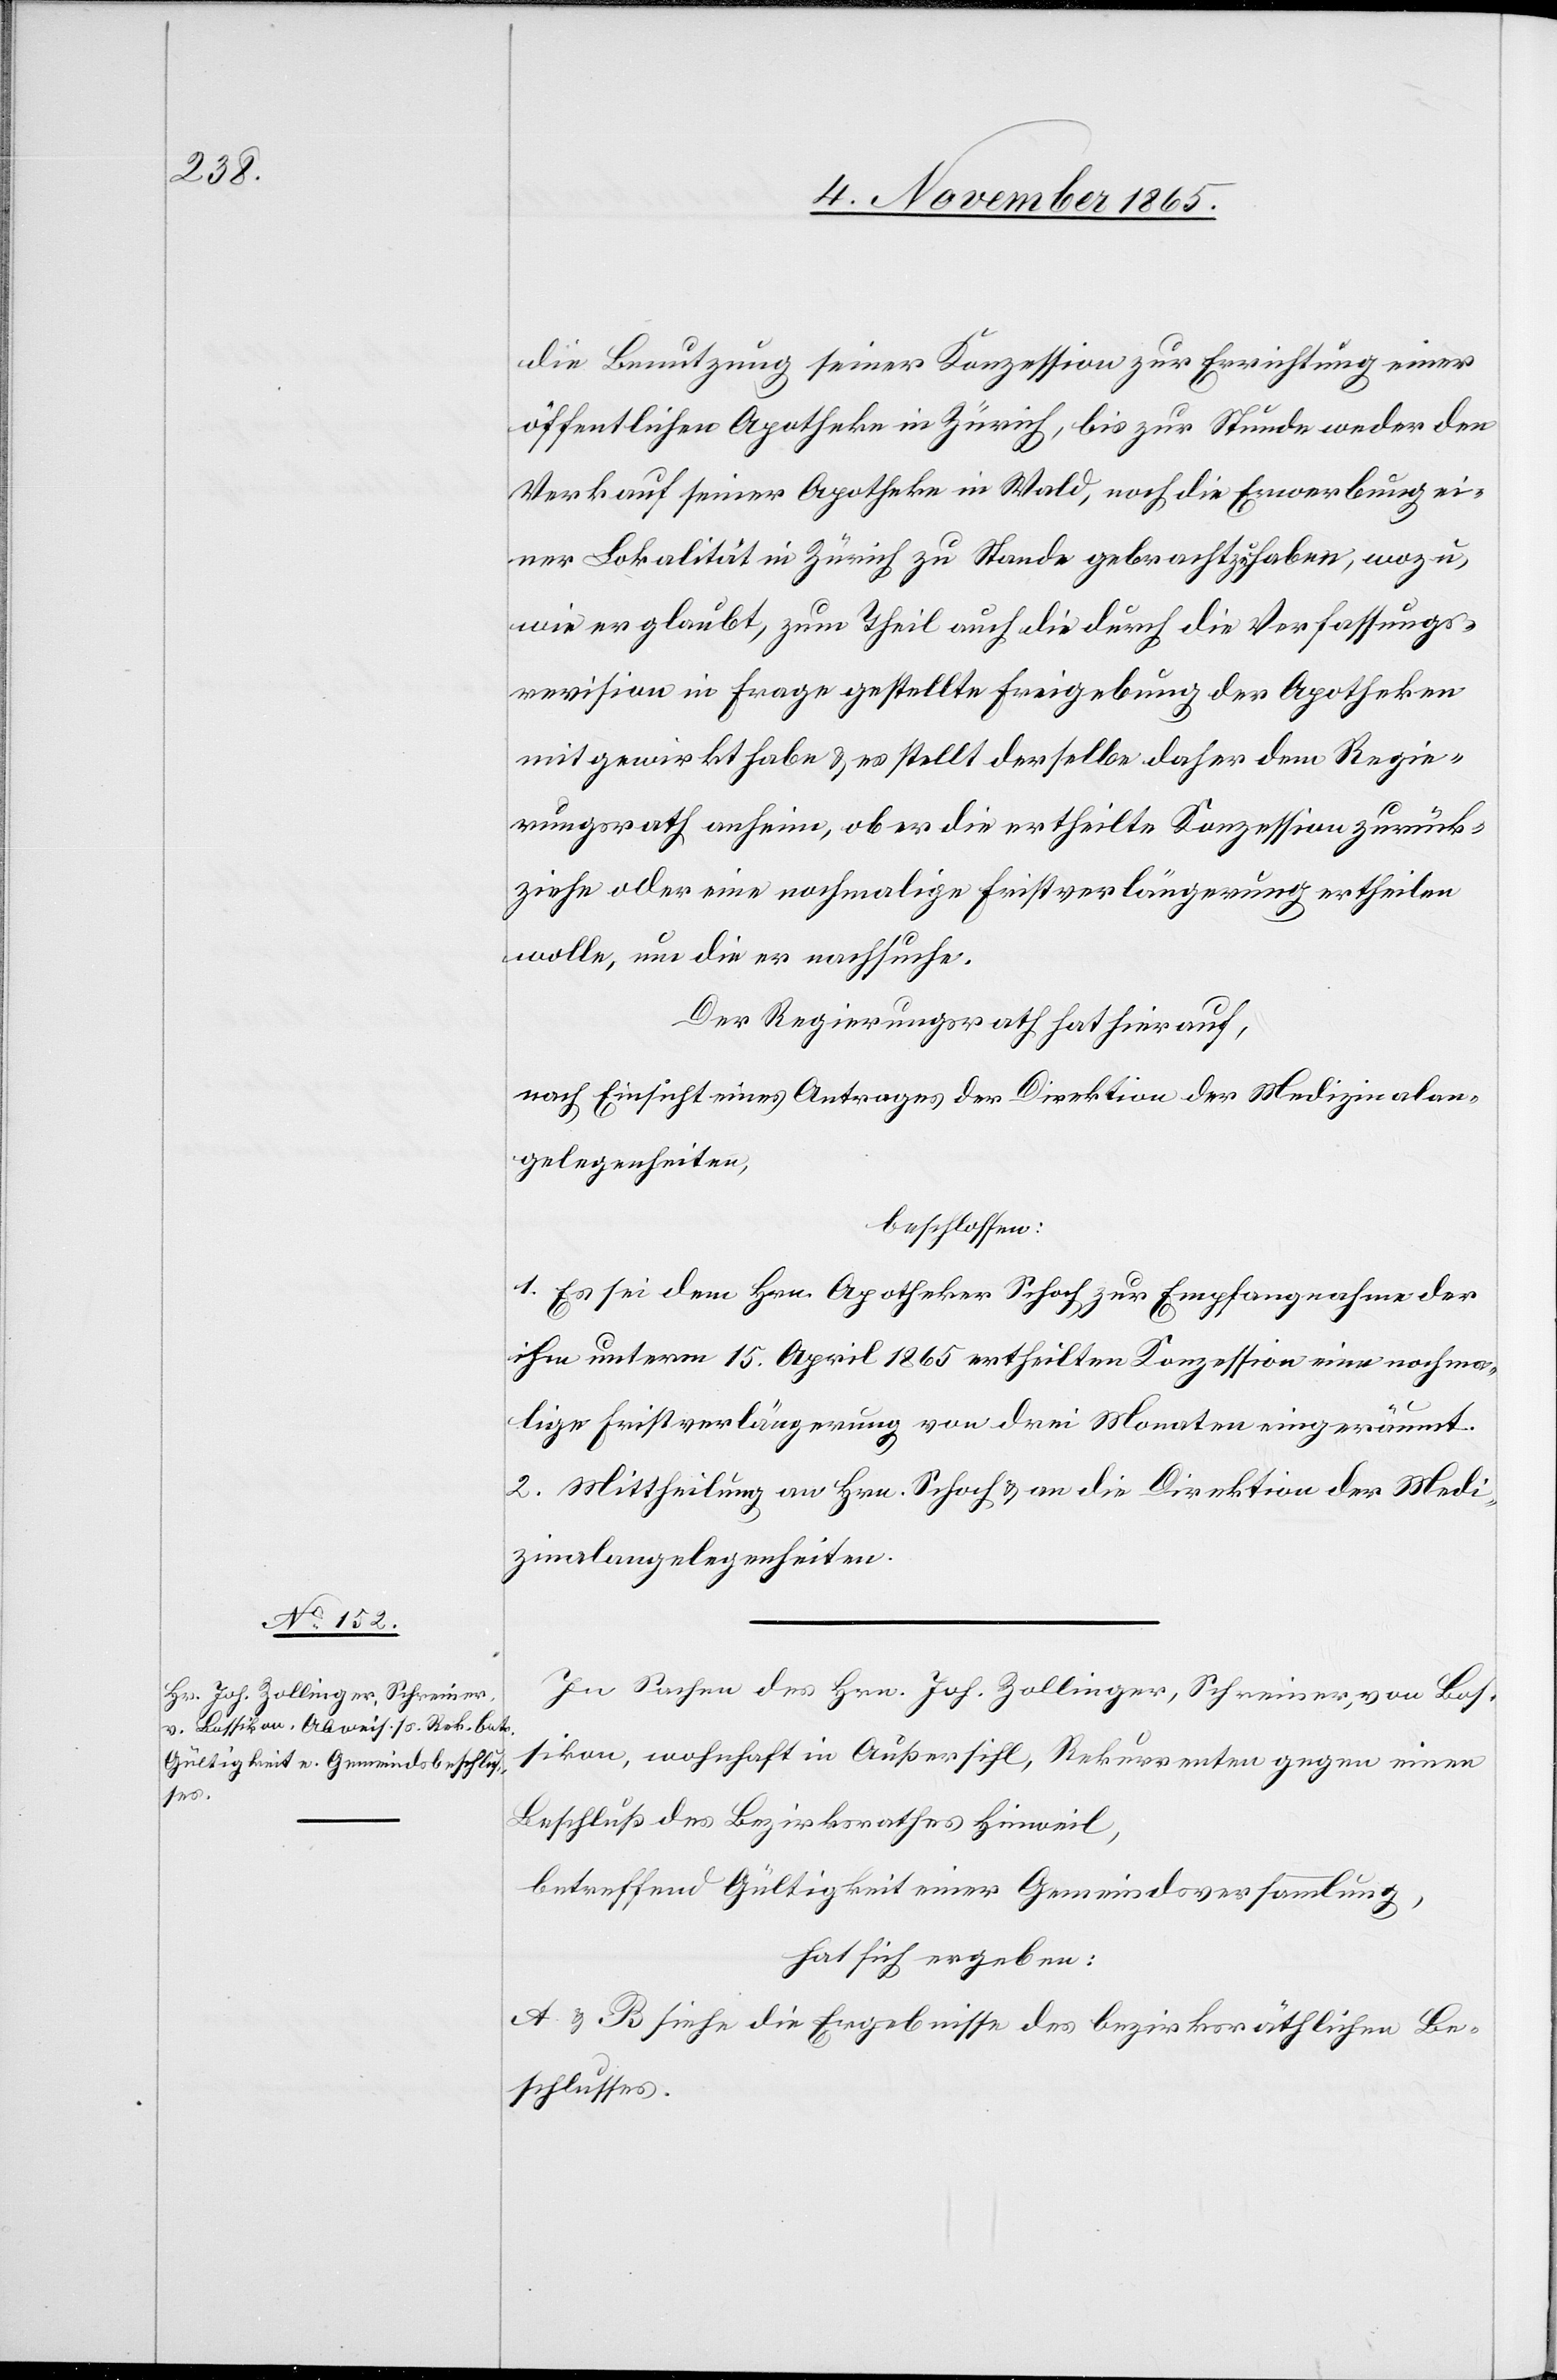
die Benutzung seiner Konzession zur Errichtung einer
öffentlichen Apotheke in Zürich, bis zur Stunde weder den
Verkauf seiner Apotheke in Wald, noch die Erwerbung ei¬
ner Lokalität in Zürich zu Stande gebracht zu haben, wozu,
wie er glaubt, zum Theil auch die durch die Verfassungs¬
revision in Frage gestellte Freigebung der Apotheken
mitgewirkt habe & es stellt derselbe daher dem Regie¬
rungsrath anhin, ob er die ertheile Konzession zurück¬
ziehe oder eine nochmalige Fristverlängerung ertheilen
wolle, um die er nachsuche.
Der Regierungsrath hat hierauf,
nach Einsicht eines Antrages der Direktion der Medizinalan¬
gelegenheiten,
beschlossen:
1. Es sei dem Hrn. Apotheker Schoch zur Empfangnahme der
ihm unterm 15. April 1865 ertheilten Konzession eine nochma¬
lige Fristverlängerung von drei Monaten eingeräumt.
2. Mittheilung an Hrn. Schoch & an die Direktion der Medi¬
zinalangelegenheiten.
In Sachen des Hrn. Joh. Zollinger, Schreiner, von Bos¬
sikon, wohnhaft in Außersihl, Rekurrenten gegen einen
Beschluß des Bezirksrathes Hinweil,
betreffend Gültigkeit einer Gemeindsversammlung,
hat sich ergeben:
A & B siehe die Ergebnisse des bezirksräthlichen Be¬
schlusses.